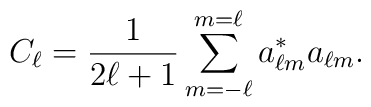
C_\ell = {\frac{1}{2\ell +1}}\sum_{m=-\ell}^{m=\ell}a^*_{\ell m}a_{\ell m}.